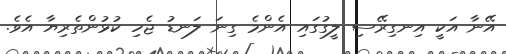
އޭނާ އަކީ އިނގިރޭސި ލީގުގައި އެންމެ ގިނަ ލަނޑު ޖެހި ކުޅުންތެރިޔާ އެވެ.